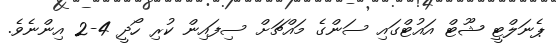
ޕެނަލްޓީ ޝޫޓް އައުޓްގައި ސަންގެ މައްޗަށް ސިފައިން ކުރި ހޯދީ 4-2 އިންނެވެ.